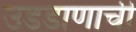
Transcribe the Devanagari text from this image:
उडडाणाची